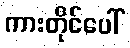
ကားတိုင်ပေါ်